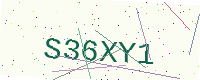
Text: S36XY1